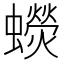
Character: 𧓌